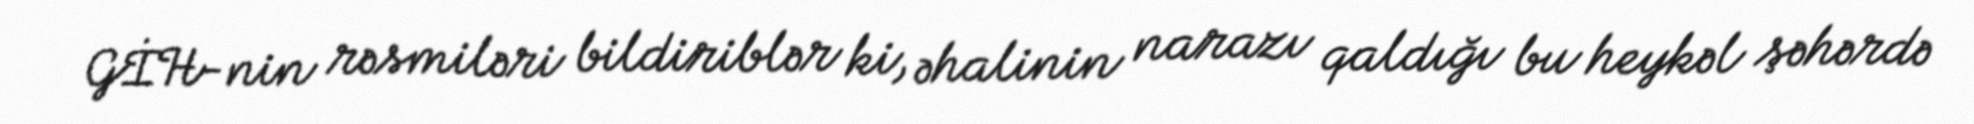
GİH-nin rəsmiləri bildiriblər ki, əhalinin narazı qaldığı bu heykəl şəhərdə